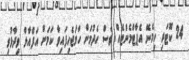
24 ކޮޓަރި ހިމެނޭ އެޕާޓްމެންޓެއް ވެސް ހެދުމަށް ހަމަޖެހިފައިވާ ކަމަށް އަފްއާލް ވިދާޅުވި